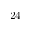
2 4